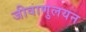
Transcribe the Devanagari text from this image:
जीवाणुलयन